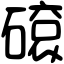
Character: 𥕦